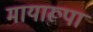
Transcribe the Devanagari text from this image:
मायारूपा